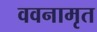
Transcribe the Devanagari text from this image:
ववनामृत